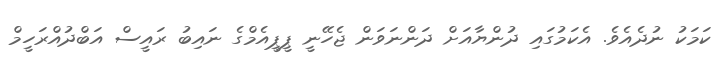
ކަމަކު ނުދެއެވެ. އެކަމުގައި ދުންޔާއަށް ދަންނަވަން ޖެހޭނީ ޕީޕީއެމްގެ ނައިބު ރައީސް އަބްދުއްރަހީމް